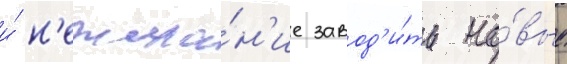
и́ н'ежела́н'ие завод'и́ть но́вые